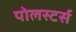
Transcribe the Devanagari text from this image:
पोलस्टर्स